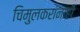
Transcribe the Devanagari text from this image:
चिमुलकरांनाही